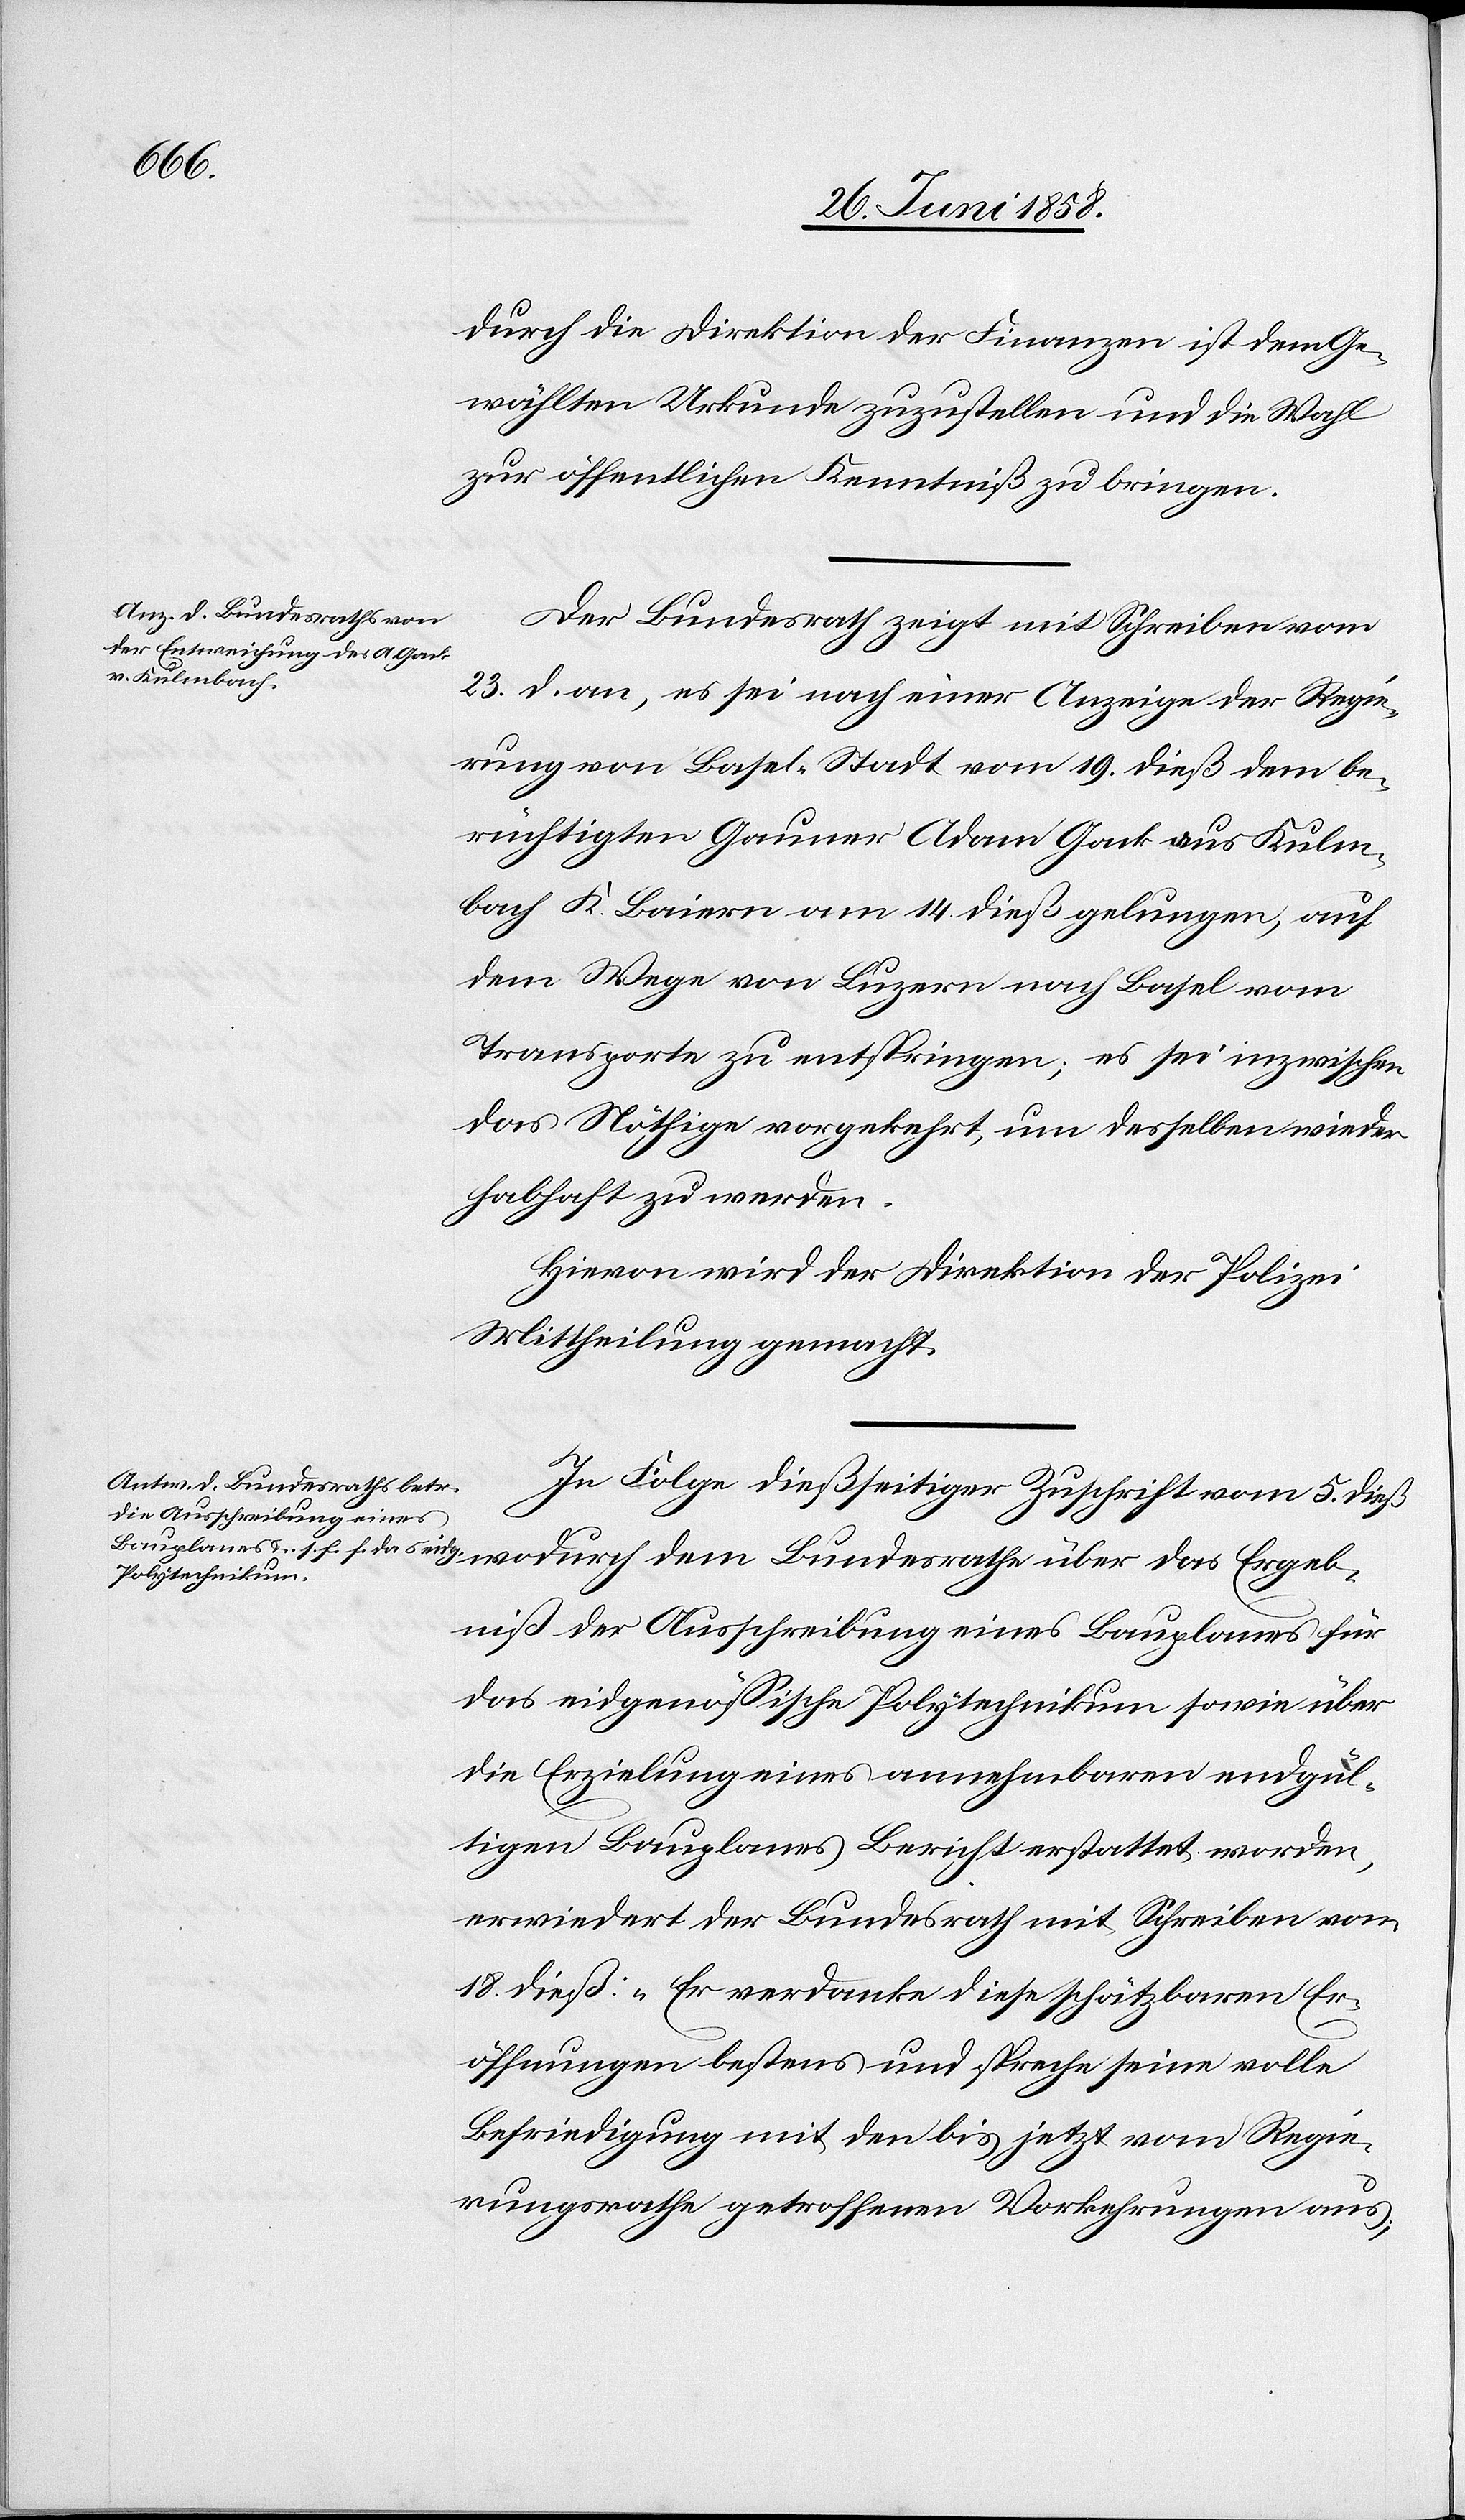
Ergeb¬
durch die Direktion der Finanzen ist dem Ge¬
wählten Urkunde zuzustellen und die Wahl
zur öffentlichen Kenntniß zu bringen.
Der Bundesrath zeigt mit Schreiben vom
23. d. an, es sei nach einer Anzeige der Regie¬
rung von Basel-Stadt vom 19. dieß dem be¬
rüchtigten Gauner Adam Gack aus Kulm¬
bach K. Baiern am 14. dieß gelungen, auf
dem Wege von Luzern nach Basel vom
Transporte zu entspringen; es sei inzwischen
das Nöthige vorgekehrt, um desselben wieder
habhaft zu werden.
Hievon wird der Direktion der Polizei
Mittheilung gemacht.
In Folge dießseitiger Zuschrift vom 5. dieß
niß der Ausschreibung eines Bauplanes für
das eidgenössische Polytechnikum sowie über
die Erzielung eines annehmbaren endgül¬
tigen Bauplanes Bericht erstattet worden,
erwiedert der Bundesrath mit Schreiben vom
18. dieß: „Er verdanke diese schätzbaren Er¬
öffnungen bestens und spreche seine volle
Befriedigung mit den bis jetzt vom Regie¬
rungsrathe getroffenen Vorkehrungen aus;